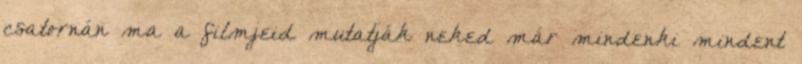
csatornán ma a filmjeid mutatják neked már mindenki mindent